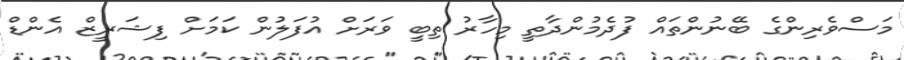
މަސްވެރިންގެ ބޭނުންތައް ފުދެމުންދާތީ މިހާރު ތިބީ ވަރަށް އުފަލުން ކަމަށް ފިޝަރީޒް އެންޑް